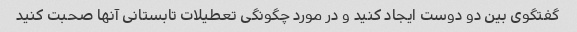
گفتگوی بین دو دوست ایجاد کنید و در مورد چگونگی تعطیلات تابستانی آنها صحبت کنید